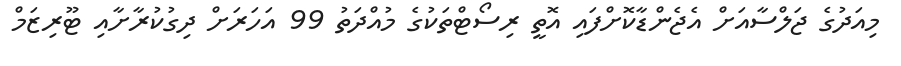
މިއަދުގެ ޖަލްސާއަށް އެޖެންޑާކޮށްފައި އޮތީ ރިސޯޓްތަކުގެ މުއްދަތު 99 އަހަރަށް ދިގުކުރާށާއި ޓޫރިޒަމް